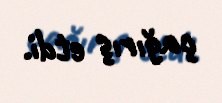
çağırış etdi.